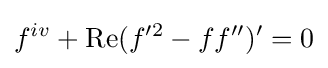
f^{iv}+\operatorname {Re} (f'^{2}-ff'')'=0